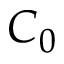
C _ { 0 }